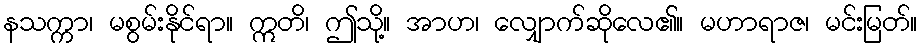
နသက္ကာ၊ မစွမ်းနိုင်ရာ။ ဣတိ၊ ဤသို့။ အာဟ၊ လျှောက်ဆိုလေ၏။ မဟာရာဇ၊ မင်းမြတ်။